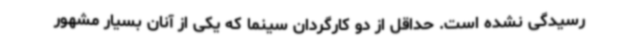
رسیدگی نشده است. حداقل از دو کارگردان سینما که یکی از آنان بسیار مشهور